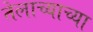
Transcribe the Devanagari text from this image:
तेलाच्याच्या